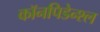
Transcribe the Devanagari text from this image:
कॉनपिडेन्श्ल